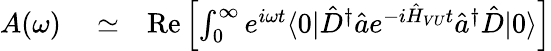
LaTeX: \begin{array}{rlr}{A(\omega)}&{{}\simeq}&{\mathrm{Re}\left[\int_{0}^{\infty}e^{i\omega t}\langle 0|\hat{D}^{\dagger}\hat{a}e^{-i\hat{H}_{VU}t}\hat{a}^{\dagger}\hat{D}|0\rangle\right]}\end{array}